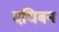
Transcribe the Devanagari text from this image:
दघिबन